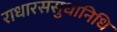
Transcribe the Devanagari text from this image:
राधारससुधानिधि